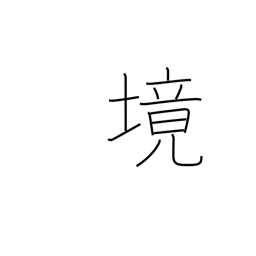
Meaning: region